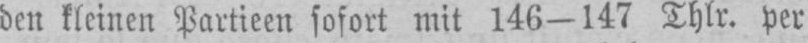
den kleinen Partieen sofort mit 146-147 Thlr. per